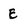
Character: E